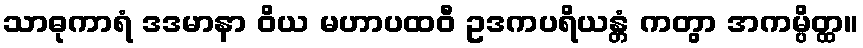
သာဓုကာရံ ဒဒမာနာ ဝိယ မဟာပထဝီ ဥဒကပရိယန္တံ ကတွာ အကမ္ပိတ္ထ။